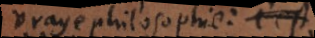
vraye philosophie: c’est